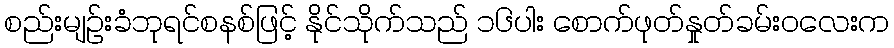
စည်းမျဉ်းခံဘုရင်စနစ်ဖြင့် နိုင်သိုက်သည် ၁၆ပါး စောက်ဖုတ်နှုတ်ခမ်းဝလေးက